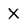
Character: X